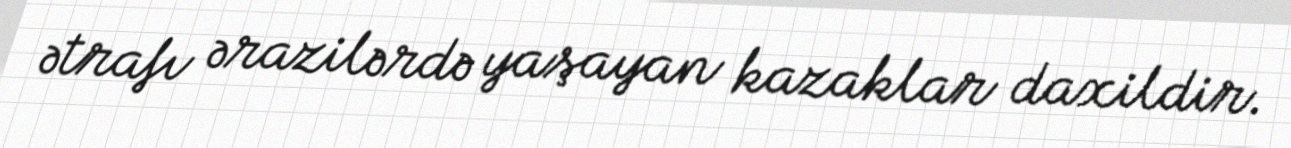
ətrafı ərazilərdə yaşayan kazaklar daxildir.